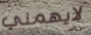
لايهمني